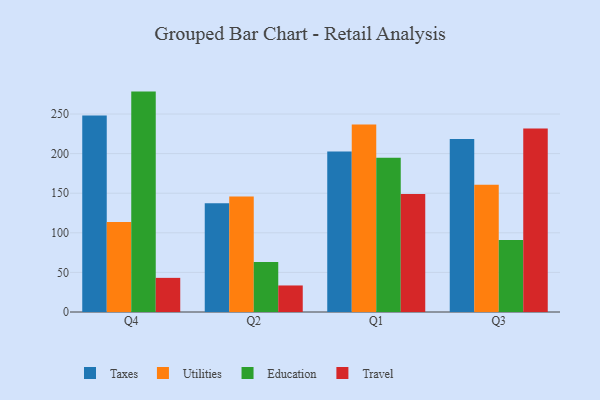
{"axis": {"x": "Quarter", "y": "Inventory Turnover"}, "legend": ["Education", "Taxes", "Travel", "Utilities"], "data": [{"x": "Q4", "y": 248.1, "type": "Taxes"}, {"x": "Q4", "y": 113.8, "type": "Utilities"}, {"x": "Q4", "y": 278.3, "type": "Education"}, {"x": "Q4", "y": 43.1, "type": "Travel"}, {"x": "Q2", "y": 137.3, "type": "Taxes"}, {"x": "Q2", "y": 145.9, "type": "Utilities"}, {"x": "Q2", "y": 63.2, "type": "Education"}, {"x": "Q2", "y": 33.5, "type": "Travel"}, {"x": "Q1", "y": 202.6, "type": "Taxes"}, {"x": "Q1", "y": 236.6, "type": "Utilities"}, {"x": "Q1", "y": 194.8, "type": "Education"}, {"x": "Q1", "y": 149.0, "type": "Travel"}, {"x": "Q3", "y": 218.6, "type": "Taxes"}, {"x": "Q3", "y": 160.6, "type": "Utilities"}, {"x": "Q3", "y": 90.8, "type": "Education"}, {"x": "Q3", "y": 231.6, "type": "Travel"}]}